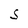
Character: S